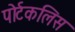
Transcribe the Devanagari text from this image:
पोर्टकलिस